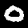
Digit: 0